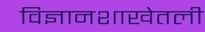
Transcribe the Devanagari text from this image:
विज्ञानशाखेतली